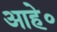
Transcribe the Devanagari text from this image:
आहे॰